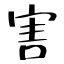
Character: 害